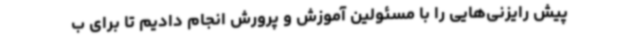
پیش رایزنی‌هایی را با مسئولین آموزش و پرورش انجام دادیم تا برای ب